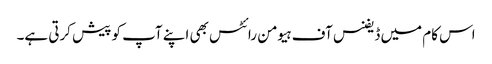
اس کام میں ڈیفنس آف ہیومن رائٹس بھی اپنے آپ کو پیش کرتی ہے۔